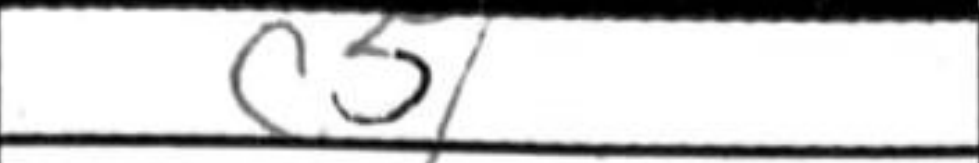
Transcription: c5